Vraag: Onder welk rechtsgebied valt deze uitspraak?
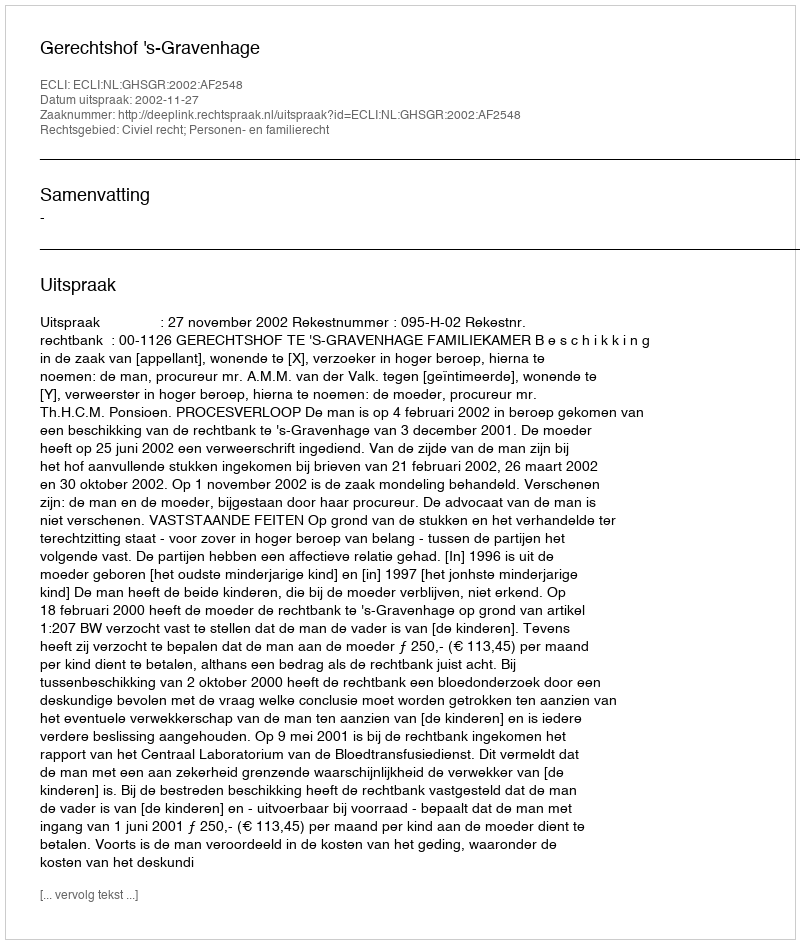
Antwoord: Civiel recht; Personen- en familierecht